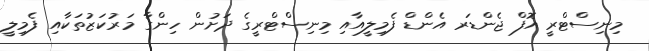
މިނިސްޓްރީ އޮފް ޖެންޑަރ އެންޑް ފެމިލީއާއި މިނިސްޓްރީގެ ދަށުން ހިންގާ މަރުކަޒުތަކާއި ފެމިލީ